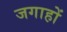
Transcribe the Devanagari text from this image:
जगाहों